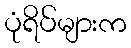
ပုံရိပ်များက